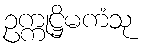
ဥက္ကုဋ္ဌိမကံသု